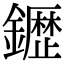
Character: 𮣙